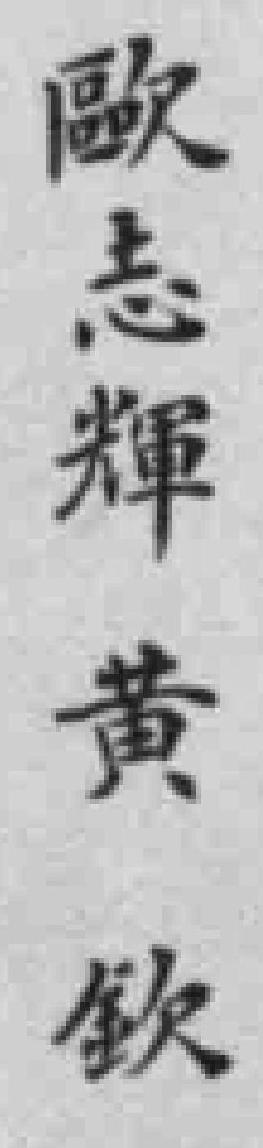
歐志輝黄欽